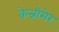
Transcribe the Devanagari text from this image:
केन्नीमेर